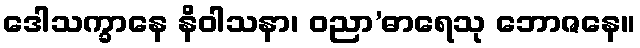
ဒေါသက္ခာနေ နိဝါသနာ၊ ဝညာ’ဓာရေသု ဘောဇနေ။